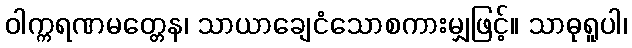
ဝါက္ကရဏမတ္တေန၊ သာယာချေငံသောစကားမျှဖြင့်။ သာဓုရူပါ၊